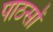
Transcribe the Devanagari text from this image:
पाठसों